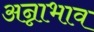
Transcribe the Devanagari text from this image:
अन्नाभाव